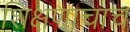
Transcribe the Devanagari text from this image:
शिक्षणाचाच